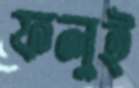
ফলুই